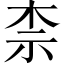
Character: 柰